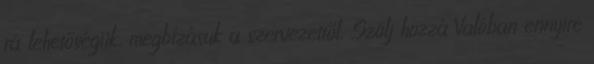
rá lehetőségük, megbízásuk a szervezettől. Szólj hozzá Valóban ennyire